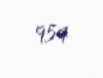
954